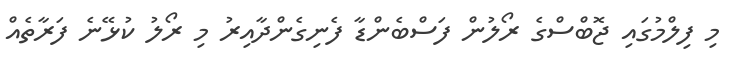
މި ފިލްމުގައި ޖޮބްސްގެ ރޯލުން ފަސްބެންޑާ ފެނިގެންދާއިރު މި ރޯލު ކުޅޭނެ ފަރާތެއް